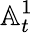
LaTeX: \mathbb{A}_{t}^{1}